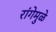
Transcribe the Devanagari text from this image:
रांगेमुळे